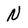
Character: N